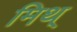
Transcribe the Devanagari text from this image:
मिथ्